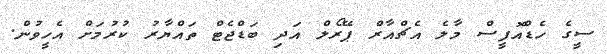
ސީގެ ހެޑްއޮފީސް މާލެ އެޗްއާރް ޕޭރޯލް އަދި ބަޑްޖެޓް ތައްޔާރު ކުރުމަށް އެހީވުން.